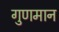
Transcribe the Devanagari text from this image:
गुणमान